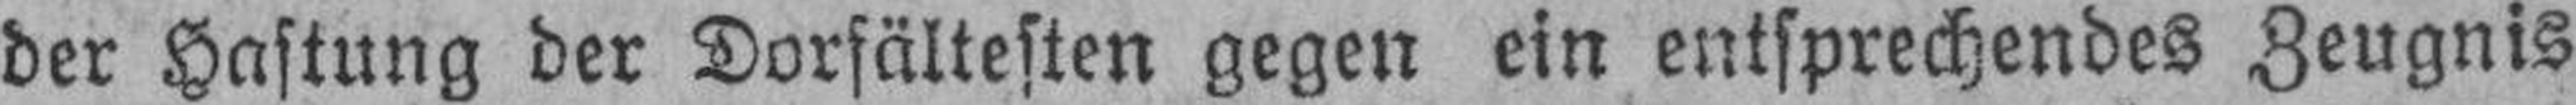
der Hastung der Dorsältesten gegen ein entsprechendes Zeugnis